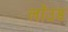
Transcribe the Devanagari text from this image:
लॉउड